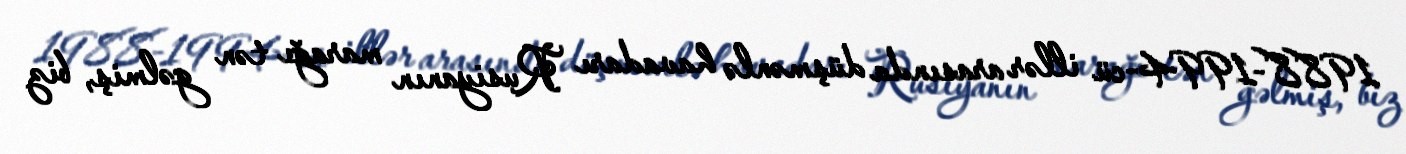
1988-1994-cü illər arasında düşmənlə havadarı Rusiyanın marağı tən gəlmiş, biz